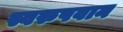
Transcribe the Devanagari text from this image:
स्वरुपवान